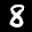
Label: 8